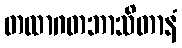
တထာဂတဘာသိတာနံ